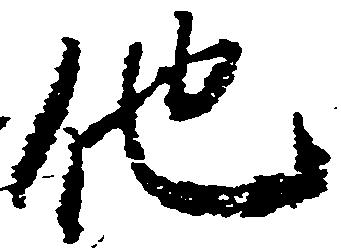
他